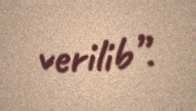
verilib”.